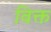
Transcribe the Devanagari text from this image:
विक्त